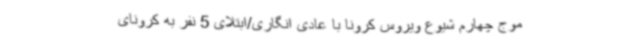
موج چهارم شیوع ویروس کرونا با عادی انگاری/ابتلای 5 نفر به کرونای